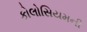
કોલોસિયમની